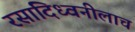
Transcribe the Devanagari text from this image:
रसादिध्वनीलाच